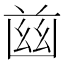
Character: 𦱳